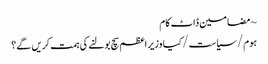
~ مضامین ڈاٹ کام
ہوم/سیاست/کیا وزیر اعظم سچ بولنے کی ہمت کریں گے؟